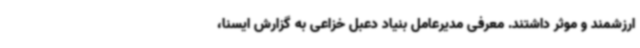
ارزشمند و موثر داشتند. معرفی مدیرعامل بنیاد دعبل خزاعی به گزارش ایسنا،